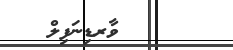
ވާރޑިނަފިލް